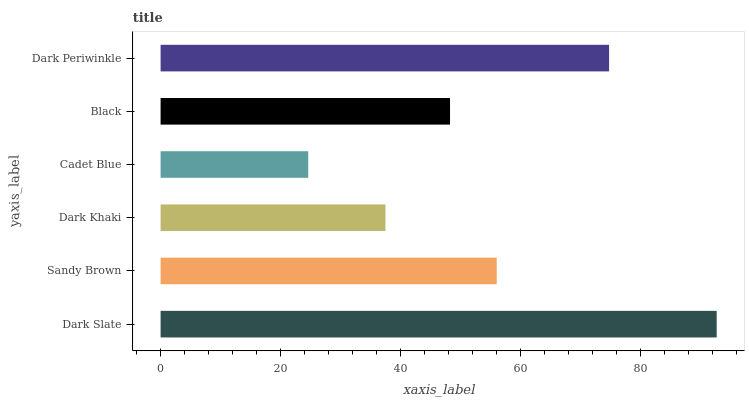
| yaxis_label | bars |
 | --- | --- |
 | Dark Slate | 92.7 |
 | Sandy Brown | 56 |
 | Dark Khaki | 37.5 |
 | Cadet Blue | 24.6 |
 | Black | 48.2 |
 | Dark Periwinkle | 74.7 |